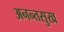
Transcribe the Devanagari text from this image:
अनन्तसुख